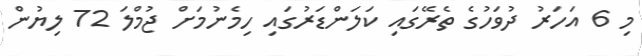
މި 6 އަހަރު ދުވަހުގެ ތެރޭގައި ކަލަންޑަރުގައި ހިމެނުމަށް ޖުމްލަ 72 ލިޔުން